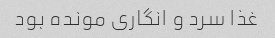
غذا سرد و انگاری مونده بود